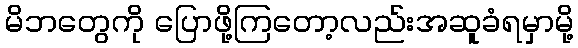
မိဘတွေကို ပြောဖို့ကြတော့လည်းအဆူခံရမှာမို့